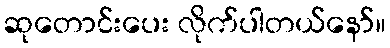
ဆုတောင်းပေး လိုက်ပါတယ်နော်။